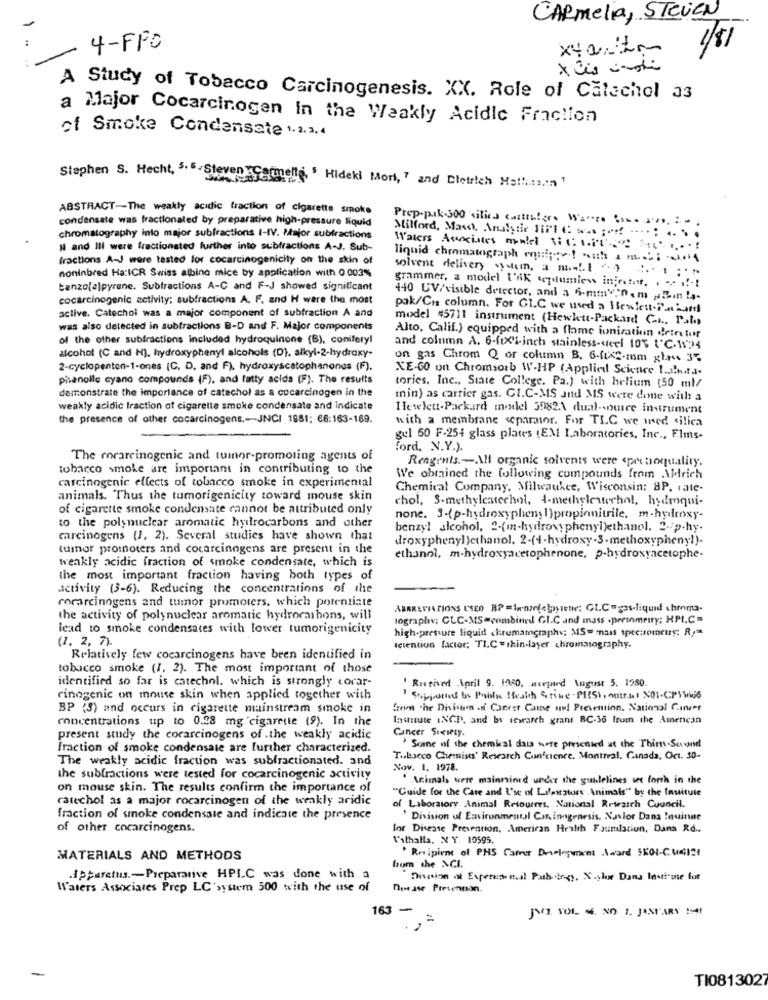
CARmelia, STEVEN
1/81
4-FFO
x40.itm
A Study of Tobacco Carcinogenesis. XX. Role of Catechol 33
a Major Cocarcinogen in the Weakly Acidic Fraction
of Smoke Condensate 1.2.3.4
Stephen S. Hecht, 5.5-Steven Catinelle, ' Hideki Mori, " and Dietrich Maffi .: 3.1n 1
ABSTRACT-The weakly acidic fraction of cigarette smoke
condensate was fractionated by preparative high-pressure liquid
Prep-pak-300 silica castra!gr. Marra Com. aro. :-
chromatography into major subfractions I-IV. Major subfractions
Milford, Mas, Analydie 117'1 C: w .. ;.... ... . . .. ...
N and Ill were fractionsted further into subfractions A-J. Sub-
Waters Ascites mmel SeLite .....
fractions A-J were tested for cocarcinogenicity on the skin of
liquid chromatograph cuignet out & m .; - 04
solvent delivery system, a m -!! ") ;
noninbred Ha:ICR Swiss albino mice by application with 0.003%
tanzo[a]pyrene. Subtractions A-C and F-J showed significant
grammer, a model t'Ak septumless iniestatt. . -.. .!-!
cocarcinogenic activity; subfractions A. F. and H were the most
440 UV/visible detector, and a 6-mmy;nem ,hein !a.
active. Catechol was a major component of subfraction A and
pak/Cns column. For GIC we used a Hewlett-nord
model "5711 instrument (Hewlett-Packard C-h ., Pal)
was also detected in subfractions B-D and F. Major components
of the other subfractions included hydroquinone (B), coniferyl
Alto, Calif.) equipped with a flame ionization detre tor
alcohol (C and H), hydroxyphenyl alcohols (D), alkyl-2-hydroxy-
and column A. 6-fixi-inch stainless -< el 10% {℃-1524
on gas Chrom Q or column B. 6-fix-mm glass 37
2-cyclopenten-1-ones (C. D. and F), hydroxyscatophanones (F).
XE-60 on Chromsorb W-HP (Applied Science !.. i!hata-
phanolle cyano compounds (F), and fatty acids (F). The results
demonstrate the importance of catechol as a cocarcinogen in the
tories, Inc ., State College. Pa.) with helium (50 ml/
min) as carrier gas. CI.C-MS and MS were done with a
weakly acidic traction of cigarette smoke condensate and indicate
Hewlett-Packard model 39824 dual-source instrument
the presence of other cocarcinogens .- JNCI 1981; €6:163-169.
with a membrane separator. For TIC we med silica
gul 60 F.254 glass plates (EM Laboratories, Inc ., Flms-
ford, N.Y.).
The rorareinogenic and tumor-promoling agents of
Reagents .- Al organic solvents were <pre boquality.
tobacco smoke are important in contributing to the
carcinogenic effects of tobacco smoke in experimental
We obrained the following compounds from AMrich
Chemical Company, Milwaukee, Wisconsin: 8P. cate-
animals. Thus the tumorigenicity toward mouse skin
chol, S-methylcatechol, 4-methylenechol, hydroqui-
of cigarette smoke condensate cannot be attributed only
none. 3-(p-hydroxyphenyl)propianitrile. m-hydroxy-
to the polynuclear aromatic hydrocarbons and other
benzyl alcohol, "-(mn-hydroxyphenyl)ethanol. 2-p-hy-
carcinogens (1, 2). Several studies have shown that
droxyphenyl)ethanol. 2-(4-hydroxy-3-methoxyphenyl).
tumor promoters and cocarcinogens are present in the
weakly acidic fraction of smoke condensate, which is
ethanol, m-hydroxyacetophenone, p-hydroxyacetophe.
the most important fraction having both types of
activity (3-6). Reducing the concentrations of the
cocarcinogens and tumor promoters, which potentiate
ABBREVIATIONS USED BP=lenzfette; Gt.Casliquid hemma-
the activity of polynuclear aromatic hydrocarbons, will
lography: CLC-MS-combined GI.C and mass . perinmerry; HPI.C .
lead to smoke condensates with lower tumorigenicity
high-pressure liquid chrumamgraphy; MS- mass spectromeus; R ,=
(1. 2, 7).
Iciention factor: TI.C= thin-layer chromatography.
Relatively few cocarcinogens have been identified in
tobacco smoke (1. 2). The most important of those
identified so far is catechol. which is strongly corar-
Received April 9. 1080. acepand August 5. 1980.
rinogenic on mouse skin when applied together with
Enginstand by Public health Stone - PEPSIContrat NOI-CPS566
BP (3) and occurs in cigarette mainstream smoke in
from the Division of Caerst Came and Prevention. National Cancer
concentrations up to 0.98 mg cigarette (9). In the
Iacute INCI, and by itsearch grant BC-36 frum the Amencan
Cancer Society.
present study the corarcinogens of .the weakly acidic
fraction of smoke condensate are further characterized.
Some of the chemical das were presented at the Thim-Sound
The weakly acidic fraction was subfractionated. and
T .. Lacco Chemises' Research Conscience. Montreal, Canada, Oct. 30-
Nov. 1. 1978.
the subfractions were tested for cocarcinogenic activity
" Animals were mainninid under the guidelines set forth in the
on mouse skin. The results confirm the importance of
"Cuide for the Care and L'se of Lifanstors Animals" by the Institute
ratechol as a major rocarcinogen of the weakly aridic
of Laboratory Animal Resourres. National Research Council.
fraction of smoke condensate and indicate the presence
" Division of Environmental Cor inngenesis. Nasior Dana !nuinne
of other cocarcinogens.
for Disease Prevention, American Health Faumilation, Dans Rd ..
Valhalla, NY. 10595.
Recipient of PHS Carrer Drielogement Award SKOI-CMG13
MATERIALS AND METHODS
bom the NCI.
.Apparatus. - Preparative HPLC was done with a
Division of Experuse e.al Path tegy. X.ylor Dans Institute for
Waters Associates Prep LC'system 500 with the use of
Disease Pretennon.
163 -
Jun VOL. 4. NO. 1. JANUARY 194
-
TI0813027